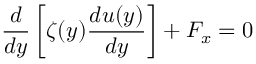
\frac { d } { d y } \left[ \zeta ( y ) \frac { d u ( y ) } { d y } \right] + F _ { x } = 0